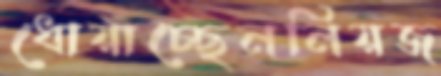
ধোয়াচ্ছেননিয়জ